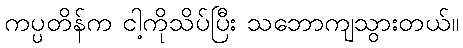
ကပ္ပတိန်က ငါ့ကိုသိပ်ပြီး သဘောကျသွားတယ်။